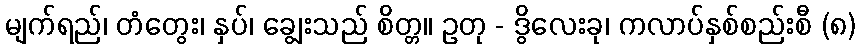
မျက်ရည်၊ တံတွေး၊ နှပ်၊ ချွေးသည် စိတ္တ။ ဥတု - ဒွိလေးခု၊ ကလာပ်နှစ်စည်းစီ (၈)